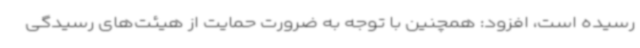
رسیده است، افزود: همچنین با توجه به ضرورت حمایت از هیئت‌های رسیدگی